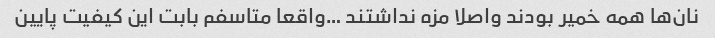
نان‌ها همه خمیر بودند واصلا مزه نداشتند …واقعا متاسفم بابت این کیفیت پایین